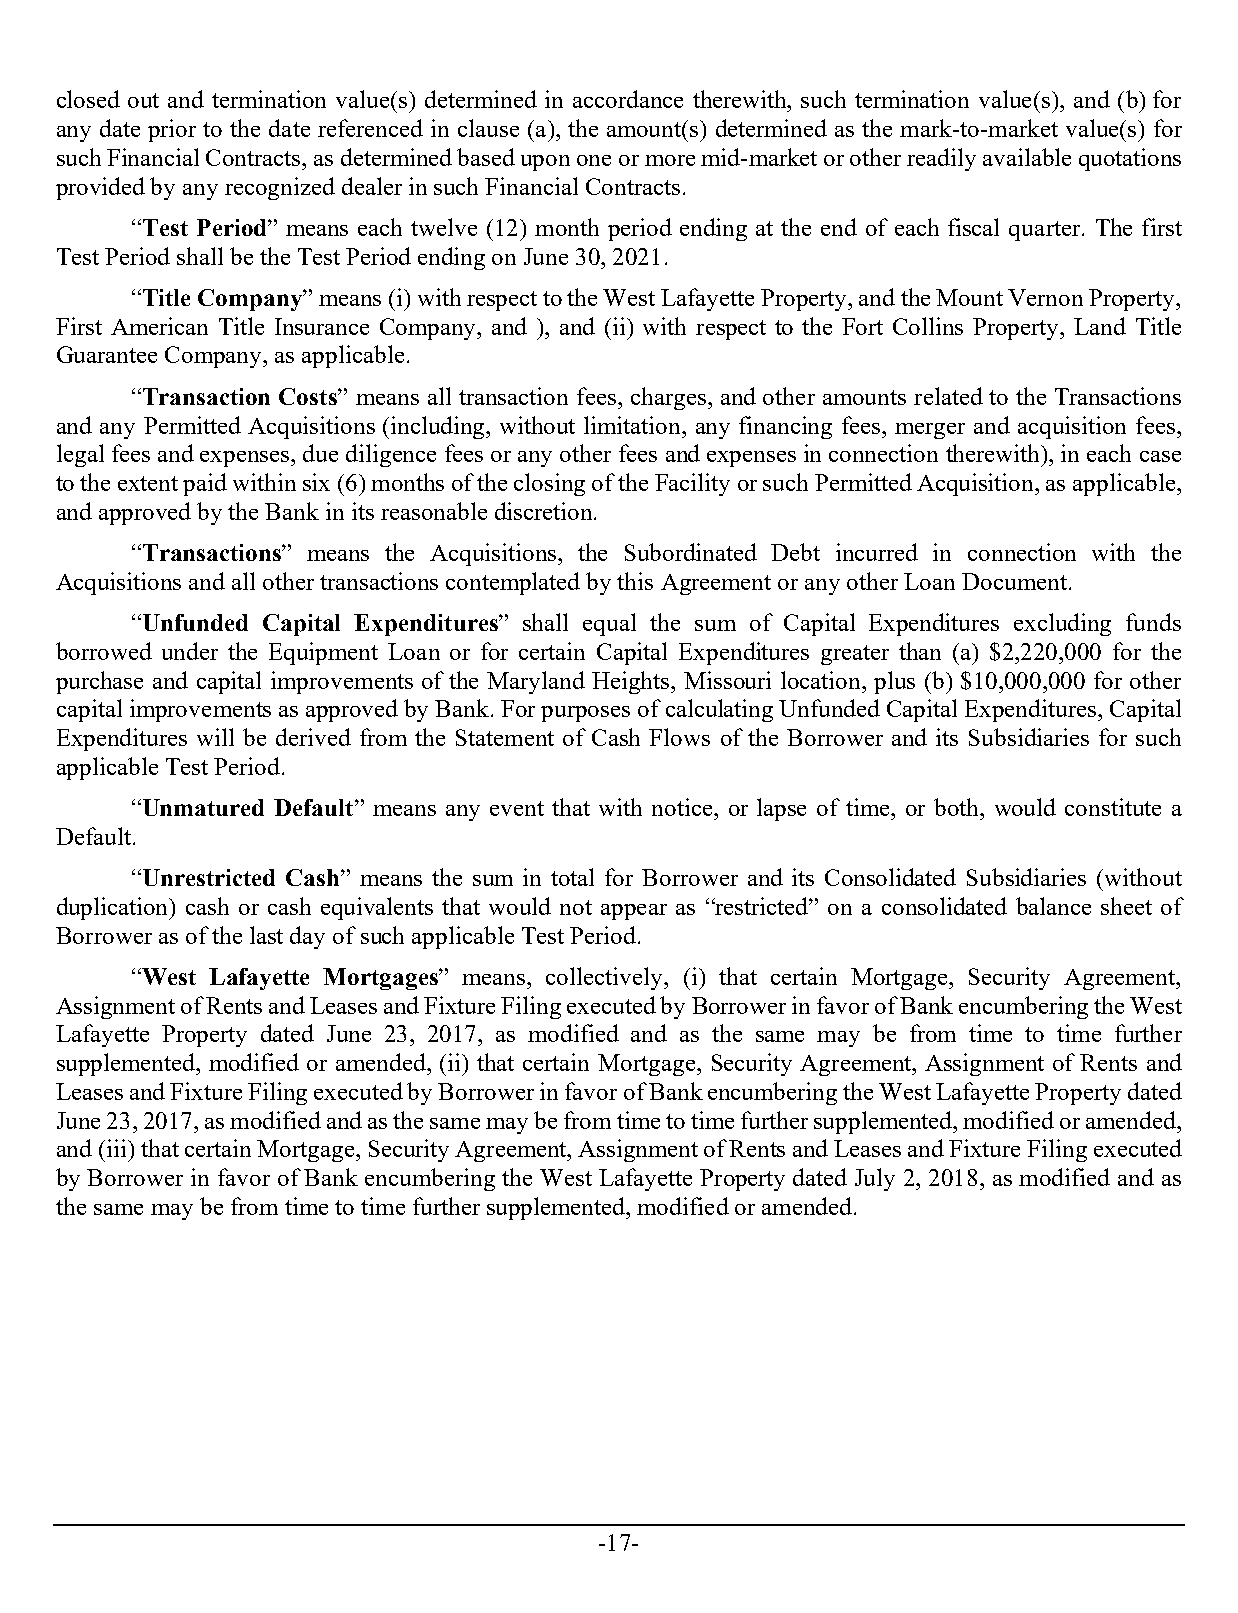
closed out and termination value(s) determined in accordance therewith, such termination value(s), and (b) for
 any date prior to the date referenced in clause (a), the amount(s) determined as the mark-to-market value(s) for
 such Financial Contracts, as determined based upon one or more mid-market or other readily available quotations
 provided by any recognized dealer in such Financial Contracts.
 “Test Period” means each twelve (12) month period ending at the end of each fiscal quarter. The first
 Test Period shall be the Test Period ending on June 30, 2021.
 “Title Company” means (i) with respect to the West Lafayette Property, and the Mount Vernon Property,
 First American Title Insurance Company, and ), and (ii) with respect to the Fort Collins Property, Land Title
 Guarantee Company, as applicable.
 “Transaction Costs” means all transaction fees, charges, and other amounts related to the Transactions
 and any Permitted Acquisitions (including, without limitation, any financing fees, merger and acquisition fees,
 legal fees and expenses, due diligence fees or any other fees and expenses in connection therewith), in each case
 to the extent paid within six (6) months of the closing of the Facility or such Permitted Acquisition, as applicable,
 and approved by the Bank in its reasonable discretion.
 “Transactions” means the Acquisitions, the Subordinated Debt incurred in connection with the
 Acquisitions and all other transactions contemplated by this Agreement or any other Loan Document.
 “Unfunded Capital Expenditures” shall equal the sum of Capital Expenditures excluding funds
 borrowed under the Equipment Loan or for certain Capital Expenditures greater than (a) $2,220,000 for the
 purchase and capital improvements of the Maryland Heights, Missouri location, plus (b) $10,000,000 for other
 capital improvements as approved by Bank. For purposes of calculating Unfunded Capital Expenditures, Capital
 Expenditures will be derived from the Statement of Cash Flows of the Borrower and its Subsidiaries for such
 applicable Test Period.
 “Unmatured Default” means any event that with notice, or lapse of time, or both, would constitute a
 Default.
 “Unrestricted Cash” means the sum in total for Borrower and its Consolidated Subsidiaries (without
 duplication) cash or cash equivalents that would not appear as “restricted” on a consolidated balance sheet of
 Borrower as of the last day of such applicable Test Period.
 “West Lafayette Mortgages” means, collectively, (i) that certain Mortgage, Security Agreement,
 Assignment of Rents and Leases and Fixture Filing executed by Borrower in favor of Bank encumbering the West
 Lafayette Property dated June 23, 2017, as modified and as the same may be from time to time further
 supplemented, modified or amended, (ii) that certain Mortgage, Security Agreement, Assignment of Rents and
 Leases and Fixture Filing executed by Borrower in favor of Bank encumbering the West Lafayette Property dated
 June 23, 2017, as modified and as the same may be from time to time further supplemented, modified or amended,
 and (iii) that certain Mortgage, Security Agreement, Assignment of Rents and Leases and Fixture Filing executed
 by Borrower in favor of Bank encumbering the West Lafayette Property dated July 2, 2018, as modified and as
 the same may be from time to time further supplemented, modified or amended.
 -17-